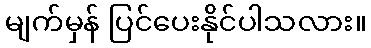
မျက်မှန် ပြင်ပေးနိုင်ပါသလား။